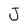
Character: J